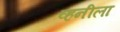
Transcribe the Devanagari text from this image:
व्हनीला